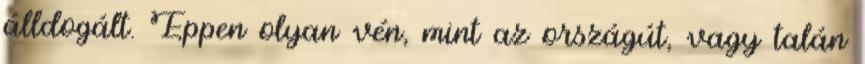
álldogált. Éppen olyan vén, mint az országút, vagy talán